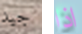
جيد اذا